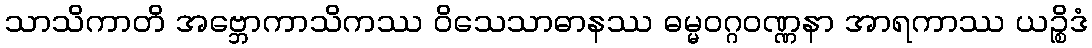
သာသိကာတိ အဗ္ဘောကာသိကဿ ဝိသေသာဓာနဿ ဓမ္မဝဂ္ဂဝဏ္ဏနာ အာရကာဿ ယဉ္စိဒံ